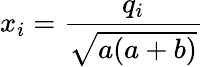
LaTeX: x_{i}=\frac{q_{i}}{\sqrt{a(a+b)}}